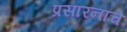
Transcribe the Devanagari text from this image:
प्रसारनाचे